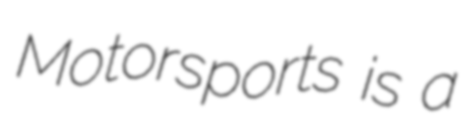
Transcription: Motorsports is a